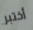
أختبر